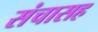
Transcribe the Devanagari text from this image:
संचासह